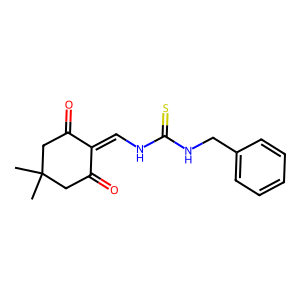
SMILES: CC1(C)CC(=O)C(=CNC(=S)NCc2ccccc2)C(=O)C1
Inhibits HIV replication: No